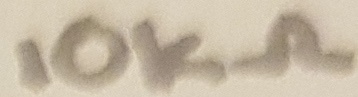
Text: 10KΩ